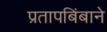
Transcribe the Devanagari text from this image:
प्रतापबिंबाने